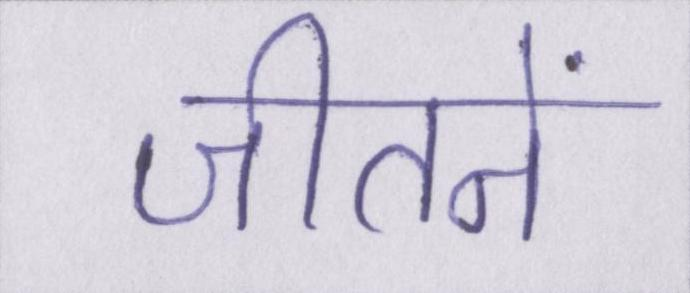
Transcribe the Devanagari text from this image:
जीतनें